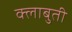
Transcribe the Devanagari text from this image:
क्लाबुती